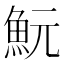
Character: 魭